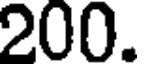
200.